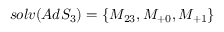
s o l v ( A d S _ { 3 } ) = \left\{ M _ { 2 3 } , M _ { + 0 } , M _ { + 1 } \right\}